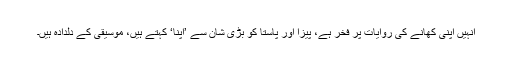
انہیں اپنی کھانے کی روایات پر فخر ہے، پیزا اور پاستا کو بڑی شان سے ’اپنا‘ کہتے ہیں، موسیقی کے دلدادہ ہیں۔